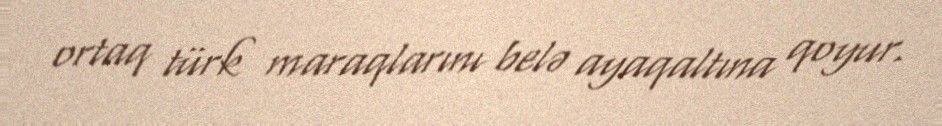
ortaq türk maraqlarını belə ayaqaltına qoyur.